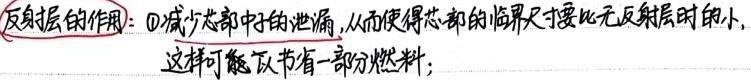
反射层的作用：\textcircled{1}减少芯部中子的泄漏，从而使得芯部的临界尺寸要比无反射层时的小, 这样可能反节省一部分燃料；